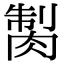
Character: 𦜾